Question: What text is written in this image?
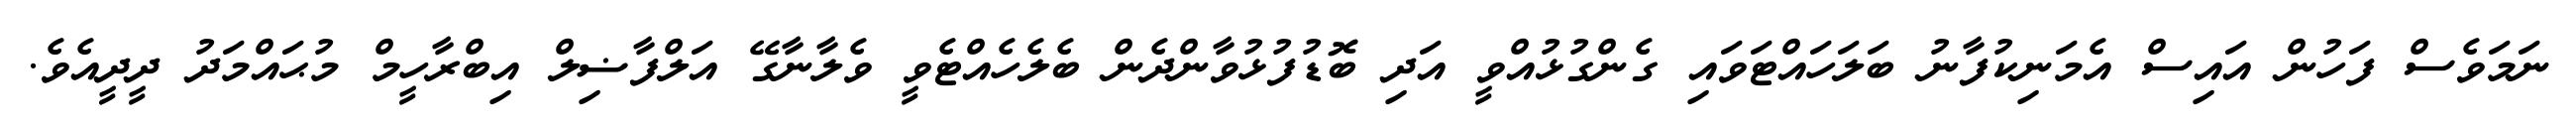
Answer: ނަމަވެސް ފަހުން އައިސް އެމަނިކުފާނު ބަލަހައްޓަވައި ގެންގުޅުއްވީ އަދި ބޮޑުފުޅުވާންދެން ބެލެހެއްޓެވީ ވެލާނާގޭ އަލްފާޟިލް އިބްރާހީމް މުޙައްމަދު ދީދީއެވެ.